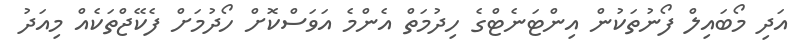
އަދި މޯބައިލް ފޯނުތަކުން އިންޓަނެޓްގެ ހިދުމަތް އެންމެ އަވަސްކޮށް ހޯދުމަށް ފެކޭޖްތަކެއް މިއަދު